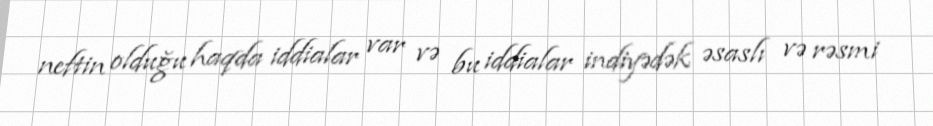
neftin olduğu haqda iddialar var və bu iddialar indiyədək əsaslı və rəsmi